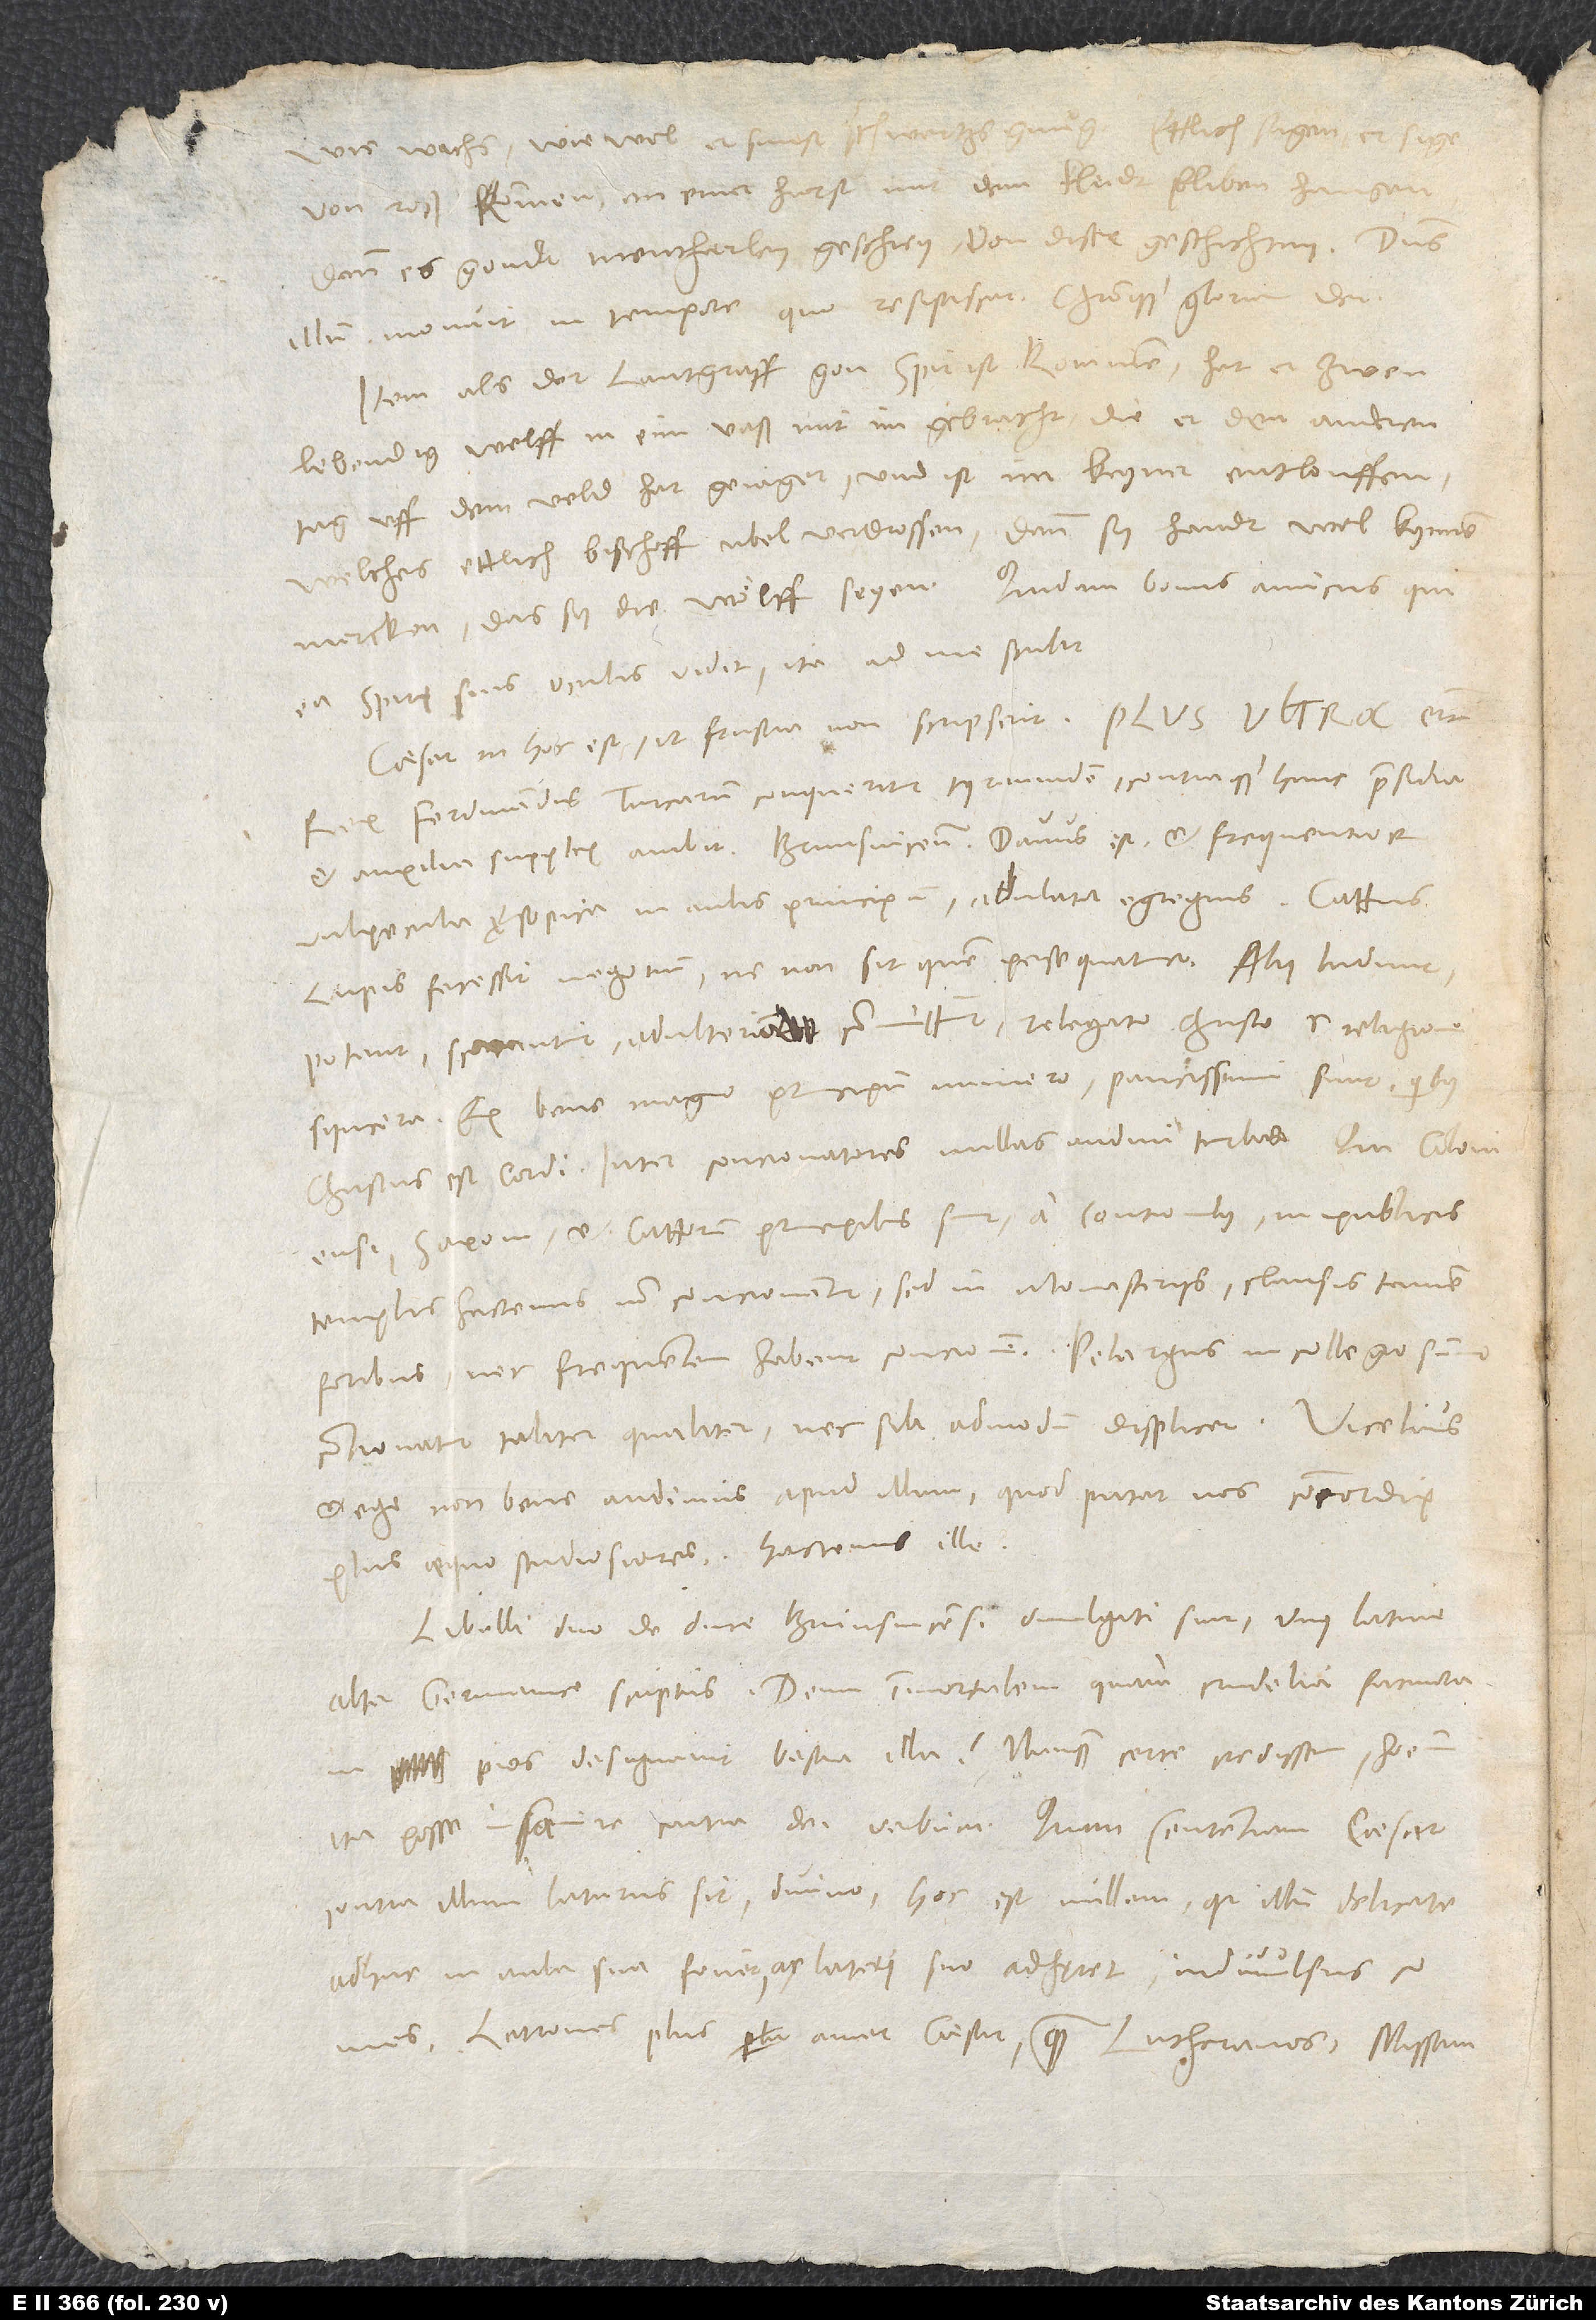
wie wachs, wie wol er sunst schwertzs gnuͦg. Ettlich sagen, er sige
von roß kommen, an einer hurst mit dem kleidt bliben hangen;
dann es gondt mancherley geschrey von diser geschichten.“ Dominus
illum monuit in tempore, quo resipiscat Christoque gloriam det.
Item als der lantgraff gen Spir ist kommen, hat er zwen
lebendig welff in eim vaß mit im gebracht, die er den anderen
tag uff dem veld hat gejaget, und ist im keyner entlouffen,
welches ettlich bischoff ubel verdrossen; dann sy handt wol kynnen
Spirę suis oculis vidit, ita ad me scribit:
„Caesar in hoc est, ut frustra non scripserit ’plus ultra’ etc.
Rex Ferdinandus Turcarum conqueritur tyrannidem contraque hanc praesidia
et auxilia supplex ambit. Brunsvicensis Davus est et frequentior
vulpecula Ęsopica in aula principum, adulator egregius. Cattus
lupis facessit negotium, ne non sit, quem persequatur. Alii ludunt,
potant, scortantur, adulteria committunt relegato Christo et religione
syncera. Ex bene magno principum numero paucissimi sunt, quibus
Christus est cordi. Inter concionatores nullas audivi turbas. Qui Coloniensi,
Saxoni et Cattorum principibus sunt a contionibus, in publicis
templis hactenus non concionantur, sed in monasteriis, clausis tamen
foribus, nec frequentem habent concionem. Pelargus in collegio summo
contionatur taliter qualiter nec sibi admodum displicet. Vicelius
ego non bene audimus apud illum, quod putat nos concordię
plus aequo studiosiores.“ Hactenus ille.
Libelli duo de duce Brunsvicensi divulgati sunt, unus Latine,
alter Germanice scriptus. Deum immortalem, quam crudelia facinora
pios designavit bestia illa! Nunquam certe credidissem hominem
ita posse insanire contra dei verbum. Quam sententiam caesar
contra illum laturus sit, divino, hoc est nullam, quia illum delicate
adhuc in aula sua fovet ac lateri suo adhęret indivulsus comes.
Latrones plus amat caesar quam Lutheranos; missam